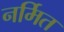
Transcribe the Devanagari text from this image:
नर्मित